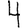
Digit: 4